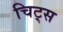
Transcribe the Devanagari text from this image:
चिट्स